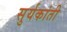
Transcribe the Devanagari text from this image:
सुर्यकांती